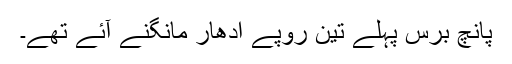
پانچ برس پہلے تین روپے ادھار مانگنے آئے تھے۔